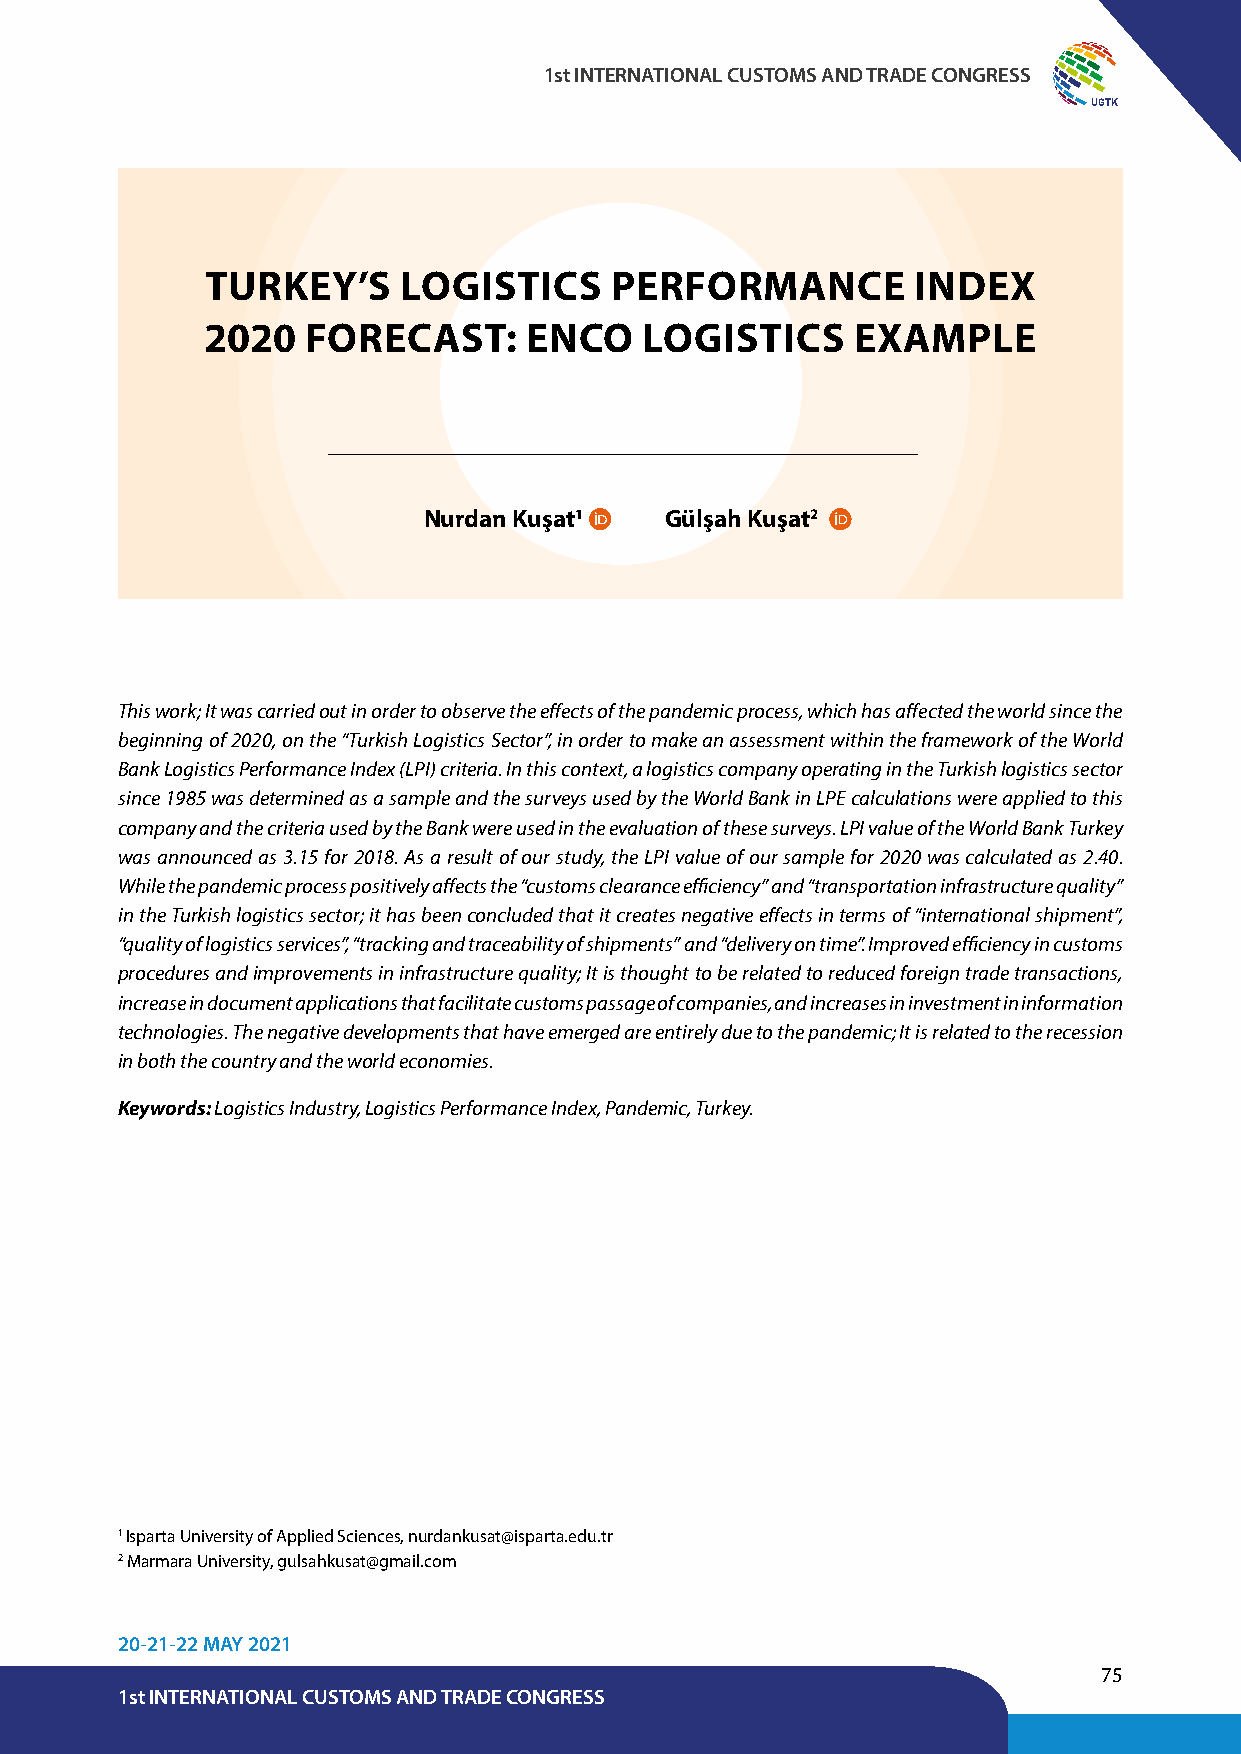
1st INTERNATIONAL CUSTOMS AND TRADE CONGRESS
 UGTK
 TURKEY’S     LOGISTICS    PERFORMANCE          INDEX
 2020  FORECAST:      ENCO    LOGISTICS    EXAMPLE
 Nurdan Kuşat1   Gülşah Kuşat2
 This work; It was carried out in order to observe the effects of the pandemic process, which has affected the world since the
 beginning of 2020, on the “Turkish Logistics Sector”, in order to make an assessment within the framework of the World
 Bank Logistics Performance Index (LPI) criteria. In this context, a logistics company operating in the Turkish logistics sector
 since 1985 was determined as a sample and the surveys used by the World Bank in LPE calculations were applied to this
 company and the criteria used by the Bank were used in the evaluation of these surveys. LPI value of the World Bank Turkey
 was announced as 3.15 for 2018. As a result of our study, the LPI value of our sample for 2020 was calculated as 2.40.
 While the pandemic process positively affects the “customs clearance efficiency” and “transportation infrastructure quality”
 in the Turkish logistics sector; it has been concluded that it creates negative effects in terms of “international shipment”,
 “quality of logistics services”, “tracking and traceability of shipments” and “delivery on time”. Improved efficiency in customs
 procedures and improvements in infrastructure quality; It is thought to be related to reduced foreign trade transactions,
 increase in document applications that facilitate customs passage of companies, and increases in investment in information
 technologies. The negative developments that have emerged are entirely due to the pandemic; It is related to the recession
 in both the country and the world economies.
 Keywords: Logistics Industry, Logistics Performance Index, Pandemic, Turkey.
 1 Isparta University of Applied Sciences, nurdankusat@isparta.edu.tr
 2 Marmara University, gulsahkusat@gmail.com
 20-21-22 MAY 2021
 75
 1st INTERNATIONAL CUSTOMS AND TRADE CONGRESS